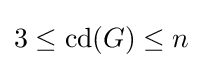
3\leq \operatorname {cd} (G)\leq n